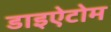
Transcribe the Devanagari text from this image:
डाइऐटोम